Mental hospitals Bombay report 1929-33 - 1929-1933
Year: 1929
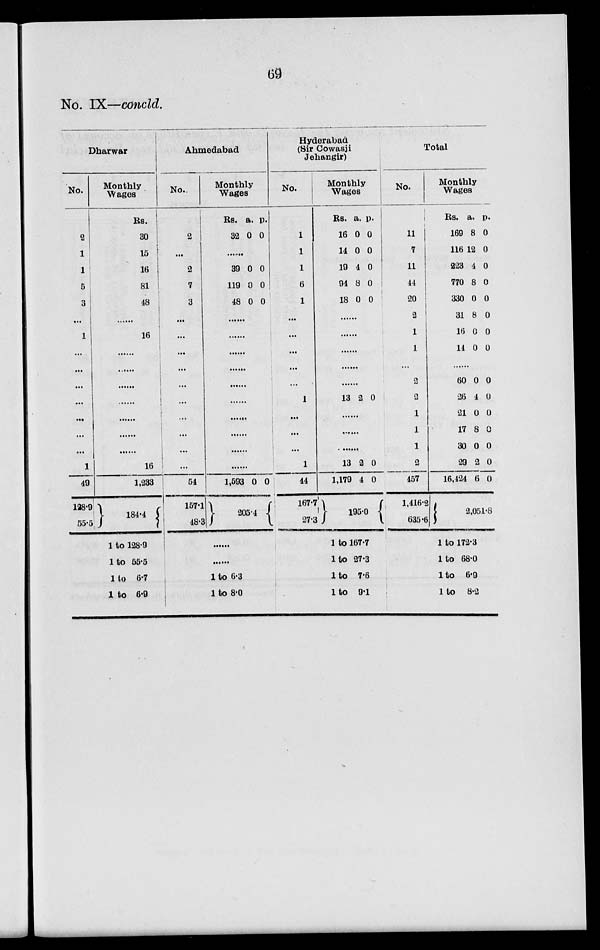
69
No. IX—concld.
Dharwar
No.
2
1
1
5
3
...
1
...
...
...
...
...
...
...
1
49
128.9
55.5
Monthly
Wages
Rs.
30
15
16
81
48
......
16
......
......
......
......
......
......
......
16
1,233
184.4
1 to 128.9
1 to 55.5
1 to 6.7
1 to 6.9
Ahmedabad
No.
2
...
2
7
3
...
...
...
...
...
...
...
...
...
...
54
157.1
48.3
Monthly
Wages
Rs.
32
a.
0
p.
0
......
39
119
48
0
0
0
0
0
0
......
......
......
......
......
......
......
......
......
......
1,593 0 0
205.4
......
......
1 to 6.3
1 to 8.0
Hyderabad
(Sir Cowasji
Jehangir)
No.
1
1
1
6
1
...
...
...
...
...
1
...
...
...
1
44
167.7
27.3
Monthly
Wages
Rs.
16
14
19
94
18
a.
0
0
4
8
0
p.
0
0
0
0
0
......
......
......
......
......
13 2 0
......
......
......
13
1,179
2
4
0
0
195.0
1 to 167.7
1 to 27.3
1 to 7.6
1 to 9.1
Total
No.
11
7
11
44
20
2
1
1
...
2
2
1
1
1
2
457
1,416.2
635.6
Monthly
Wages
Rs.
169
116
223
770
330
31
16
14
a.
8
12
4
8
0
8
0
0
p.
0
0
0
0
0
0
0
0
......
60
26
21
17
30
29
16,424
0
4
0
8
0
2
6
0
0
0
0
0
0
0
2,051.8
1 to 172.3
1 to 68.0
1 to
6.9
1 to
8.2